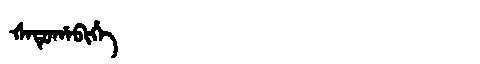
Manchu: ᡧᠠᡨᡠᡥᠠᠪᡳᡥᡝ
Romanization: ŠATUHABIHE